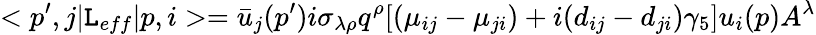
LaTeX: <p^{\prime},j|{\cal\mathtt{L}}_{eff}|p,i>=\bar{{u}}_{j}(p^{\prime})i\sigma_{\lambda\rho}q^{\rho}[(\mu_{ij}-\mu_{ji})+i(d_{ij}-d_{ji})\gamma_{5}]u_{i}(p)A^{\lambda}